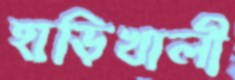
হাড়িখালী